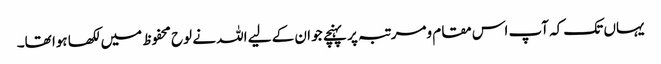
یہاں تک کہ آپ اس مقام ومرتبہ پر پہنچے جو ان کے لیے اللہ نے لوح محفوظ میں لکھا ہوا تھا۔